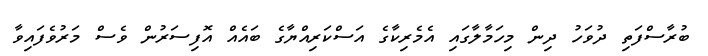
ބުރާސްފަތި ދުވަހު ދިން މިހަމާލާގައި އެމެރިކާގެ އަސްކަރިއްޔާގެ ބައެއް އޮފިސަރުން ވެސް މަރުވެފައިވާ